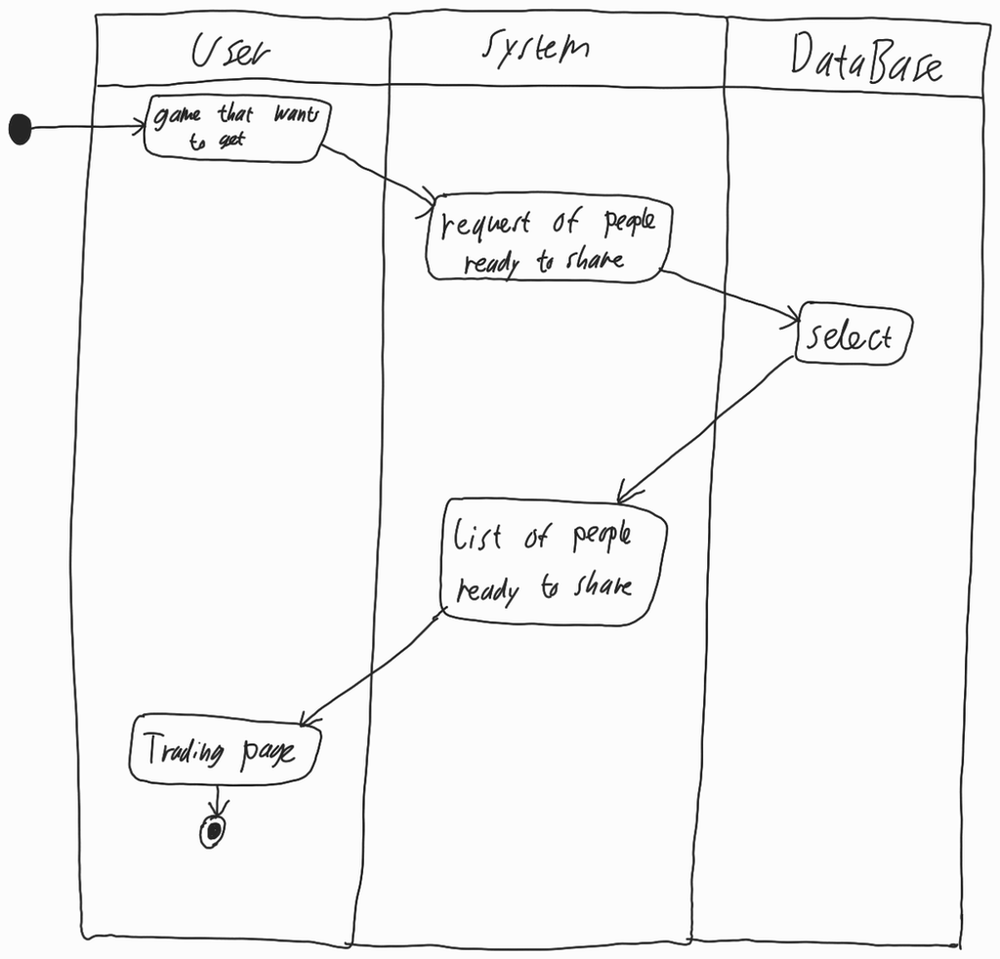
Diagram type: activity_diagram
```plantuml
@startuml

|User|

start

:game that wants to get;

|System|

:request of people ready to share;

|DataBase|

:select;

|System|

:list of people ready to share;

|User|

:Trading page;

stop

@enduml
```